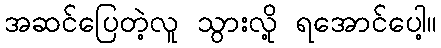
အဆင်ပြေတဲ့လူ သွားလို့ ရအောင်ပေါ့။